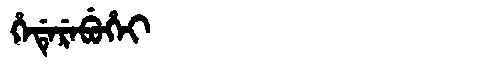
Manchu: ᡥᡝᡩᡝᡵᡝᠪᡠᡥᡝᡳ
Romanization: HEDEREBUHEI